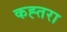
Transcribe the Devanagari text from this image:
कह्तरा